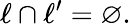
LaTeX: \ell\cap\ell^{\prime}=\varnothing.